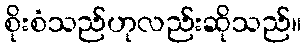
စိုးစံသည်ဟုလည်းဆိုသည်။